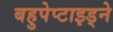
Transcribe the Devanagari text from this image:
बहुपेप्टाइड्ने